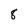
Character: 8